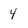
Character: 4